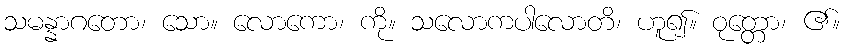
သမန္နာဂတော၊ သော။ လောကော၊ ကို။ သလောကပါလောတိ၊ ဟူ၍။ ဝုတ္တော၊ ၏။